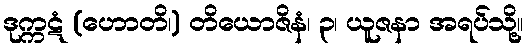
ဒုက္ကဋံ (ဟောတိ၊) တိယောဇိနံ၊ ၃၊ ယူဇနာ အရပ်သို့။